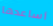
أساعدها